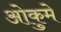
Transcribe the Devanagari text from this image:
ओकुमे